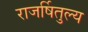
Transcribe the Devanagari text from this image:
राजर्षितुल्य